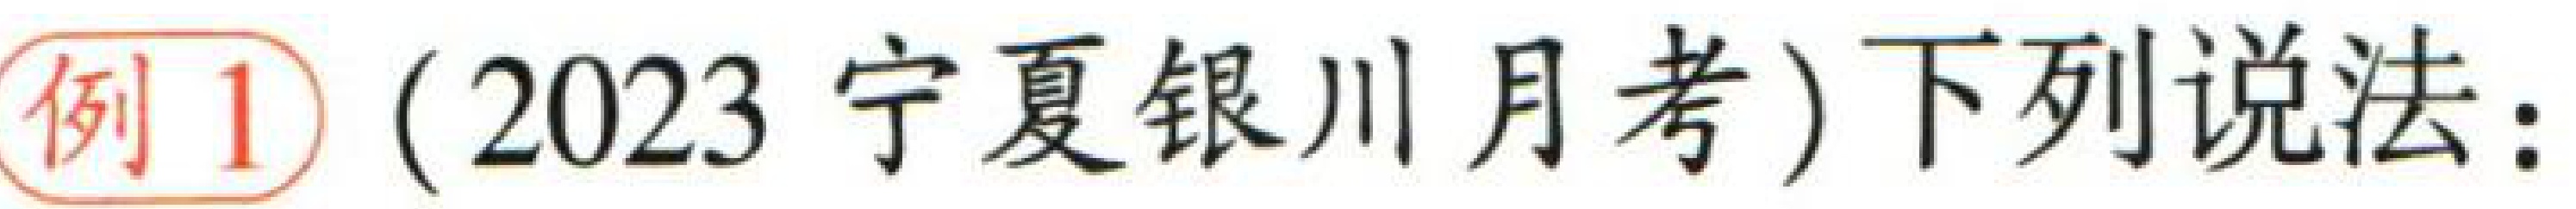
例1（2023 宁夏银川月考）下列说法：